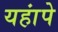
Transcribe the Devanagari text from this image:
यहांपे